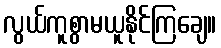
လွယ်ကူစွာမယူနိုင်ကြချေ။